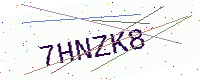
Text: 7HNZK8